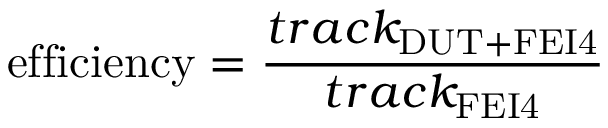
\mathrm { e f f i c i e n c y } = \frac { t r a c k _ { \mathrm { D U T + F E I 4 } } } { t r a c k _ { \mathrm { F E I 4 } } }